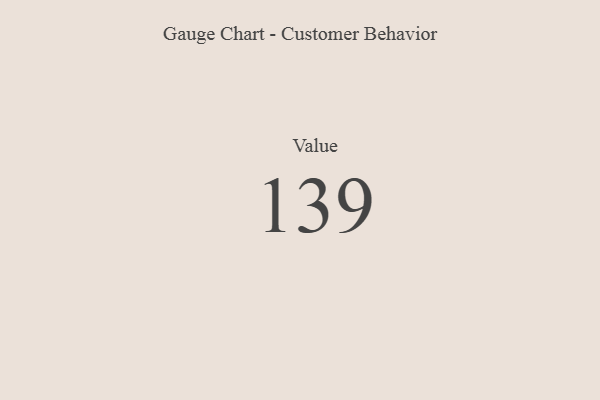
{"axis": {"x": "Metric", "y": "Value"}, "legend": [""], "data": [{"x": "Value", "y": 139, "type": ""}]}